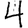
Digit: 4